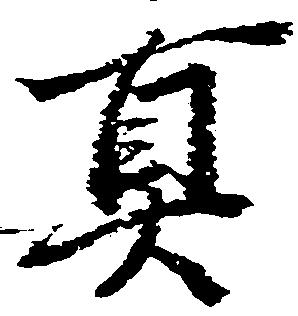
真